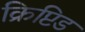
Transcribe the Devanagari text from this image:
क्रिप्टिड